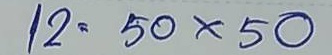
12 = 50x50